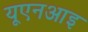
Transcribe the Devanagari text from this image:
यूएनआइ